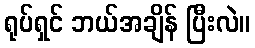
ရုပ်ရှင် ဘယ်အချိန် ပြီးလဲ။